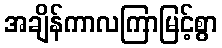
အချိန်ကာလကြာမြင့်စွာ